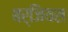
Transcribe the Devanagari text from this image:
बर्जियस